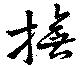
撫